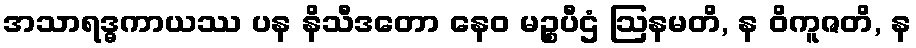
အသာရဒ္ဓကာယဿ ပန နိသီဒတော နေဝ မဉ္စပီဌံ ဩနမတိ, န ဝိကူဇတိ, န